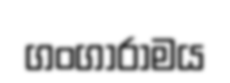
ගංගාරාමය